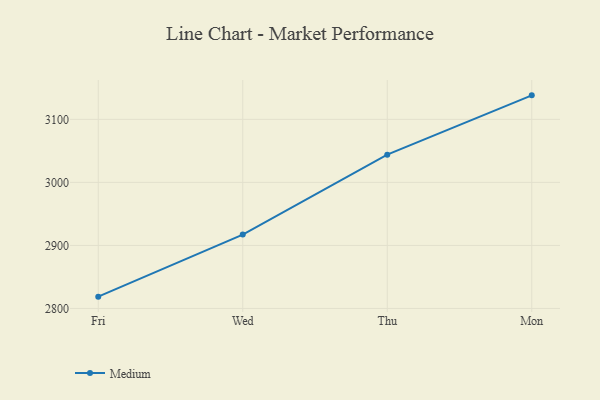
{"axis": {"x": "Day", "y": "Inventory Turnover"}, "legend": ["Medium"], "data": [{"x": "Fri", "y": 2818.7, "type": "Medium"}, {"x": "Wed", "y": 2917.2, "type": "Medium"}, {"x": "Thu", "y": 3044.0, "type": "Medium"}, {"x": "Mon", "y": 3138.1, "type": "Medium"}]}